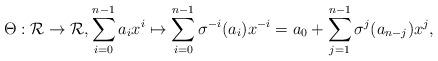
LaTeX: \begin{align*}\Theta : \mathcal{R} \to \mathcal{R}, \sum_{i = 0}^{n-1}a_ix^i \mapsto \sum_{i = 0}^{n-1}\sigma^{-i}(a_i)x^{-i} = a_0 + \sum_{j=1}^{n-1} \sigma^j(a_{n-j}) x^j,\end{align*}